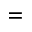
=